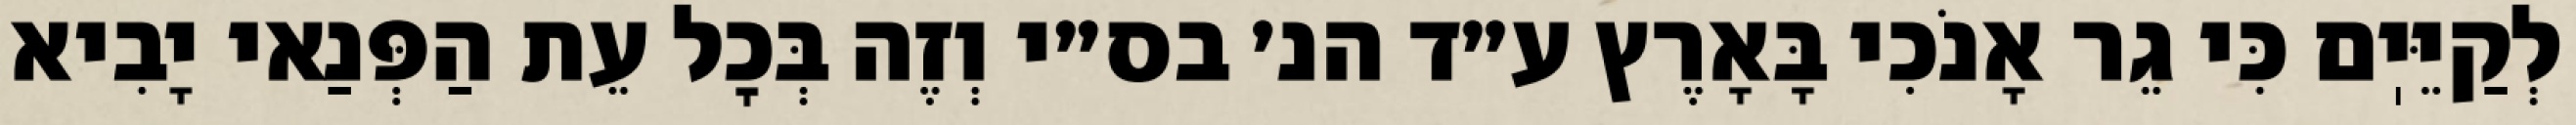
לְקַיֵּיֽם כִּי גֵר אָנֹכִי בָּאָרֶץ ע״ד הנ׳ בס״י וְזֶה בְּכׇל עֵת הַפְּנַאי יָבִיא